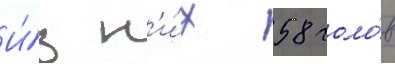
И́з н'и́х 58 голо́в